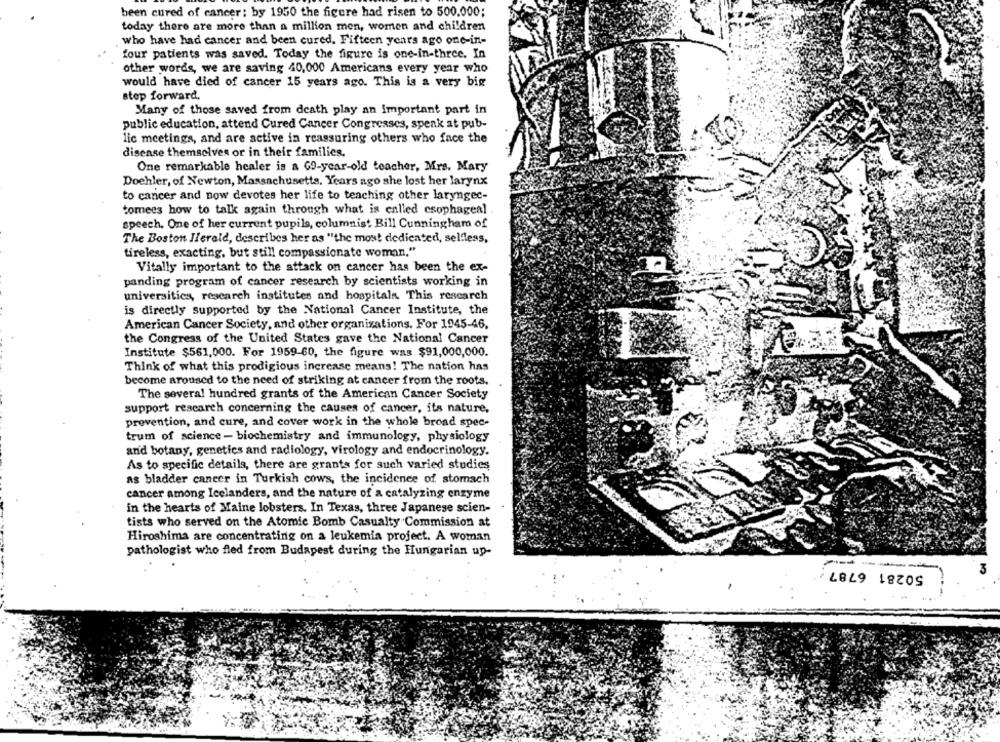
been cured of cancer; by 1950 the figure had risen to 500.000;
today there are more than a million men, women and children
who have had cancer and been cured. Fifteen years ago one-in-
four patients was saved. Today the figure is one-in-three. In
other words, we are saving 40,000 Americans every year who
would have died of cancer 15 years ago. This is a very big
step forward.
Many of those saved from death play an Important part in
public education, attend Cured Cancer Congresses, speak at pub-
lic meetings, and are active in reassuring others who face the
disease themselves or in their families.
One remarkable healer is a 69-year-old teacher, Mrs. Mary
Dochler, of Newton, Massachusetts. Years ago she lost her larynx
to cancer and now devotes her life to teaching other laryngec-
tomees how to talk again through what is called esophageal
speech. One of her current pupils, columnist Bill Cunningham of
The Boston Herald, describes her as "the most dedicated, selfless,
tireless, exacting, but still compassionate woman,"
Vitally important to the attack on cancer has been the ex-
panding program of cancer research by scientists working in
universities, research institutes and hospitals. This research
is directly supported by the National Cancer Institute, the
American Cancer Society, and other organizations. For 1945-46,
the Congress of the United States gave the National Cancer
Institute $561,000. For 1959-60, the figure was $91,000,000.
Think of what this prodigious increase means! The nation has
become aroused to the need of striking at cancer from the roots.
The several hundred grants of the American Cancer Society
support research concerning the causes of cancer, its nature,
prevention, and cure, and cover work in the whole broad spec-
trum of science - biochemistry and immunology, physiology
and botany, genetics and radiology, virology and endocrinology.
As to specific details, there are grants for such varied studies
as bladder cancer in Turkish cows, the incidence of stomach
cancer among Icelanders, and the nature of a catalyzing enzyme
in the hearts of Maine lobsters. In Texas, three Japanese scien-
tists who served on the Atomic Bomb Casualty Commission at
Hiroshima are concentrating on a leukemia project. A woman
pathologist who fled from Budapest during the Hungarian up-
-- --
50281 6787
3